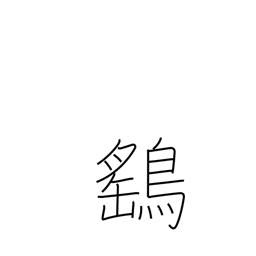
Meaning: sparrow hawk